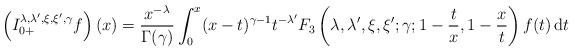
LaTeX: \begin{align*}\left( I_{0{+}}^{\lambda ,\lambda ^{\prime },\xi ,\xi ^{\prime },\gamma}f\right) (x)=\frac{x^{-\lambda }}{\Gamma (\gamma )}\int_{0}^{x}(x-t)^{\gamma -1}t^{-\lambda ^{\prime }}F_{3}\left( \lambda ,\lambda ^{\prime },\xi,\xi ^{\prime };\gamma ;1-\frac{t}{x},1-\frac{x}{t}\right) f(t)\,\mathrm{d}t\end{align*}